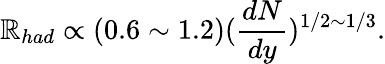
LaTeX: \mathbb{R}_{had}\propto(0.6\sim1.2)(\frac{{dN}}{{dy}})^{1/2\sim1/3}.